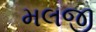
મલજી